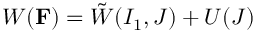
W ( \mathbf { F } ) = \Tilde { W } ( I _ { 1 } , J ) + U ( J )